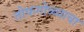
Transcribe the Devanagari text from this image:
तोफगोळ्याचा